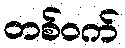
တစ်ဝက်